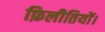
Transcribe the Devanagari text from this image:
फ़िलीतियों।